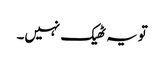
تو یہ ٹھیک نہیں۔